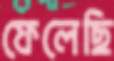
ফেলেছি